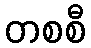
တစစီ